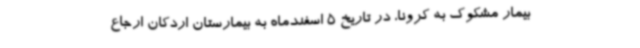
بیمار مشکوک به کرونا، در تاریخ 5 اسفندماه به بیمارستان اردکان ارجاع